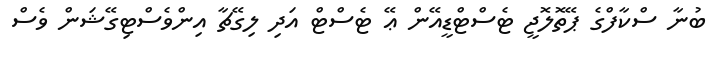
ބުނާ ސްކާފްގެ ޕޭތޮލޮޖީ ޓެސްޓްޑީއޭން ޢޭ ޓެސްޓް އަދި ލިގޭޗާ އިންވެސްޓިގޭޝަން ވެސް